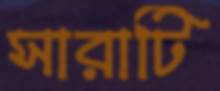
সারাটি